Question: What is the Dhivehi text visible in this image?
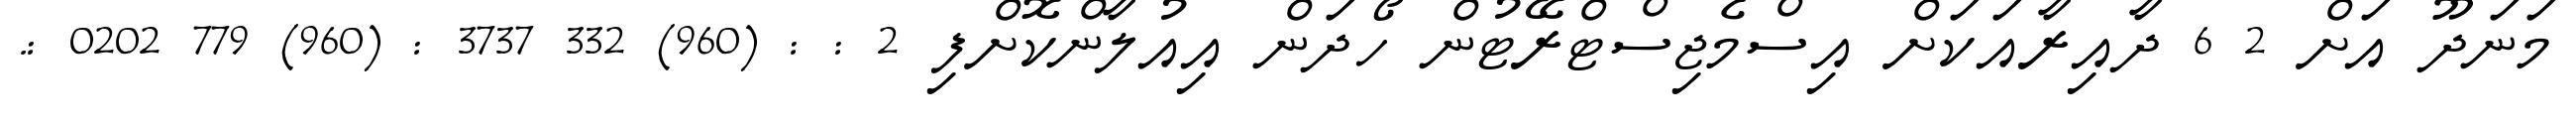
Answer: މަނަދޫ އަށް 2 6 ދާއިރާއަކަށް އިސްމެޖިސްޓްރޭޓުން ހޯދަން އިއުލާންކޮށްފި 2 : : (960) 332 3737 : (960) 779 0202 :.